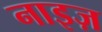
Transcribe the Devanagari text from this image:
नाइज़